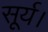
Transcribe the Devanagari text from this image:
सूर्य।